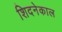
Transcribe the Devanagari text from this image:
शिदनेकाल